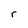
Character: r